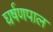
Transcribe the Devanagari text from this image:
घर्षणपाल